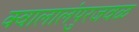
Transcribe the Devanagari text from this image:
क्वालालंपुरजवळ